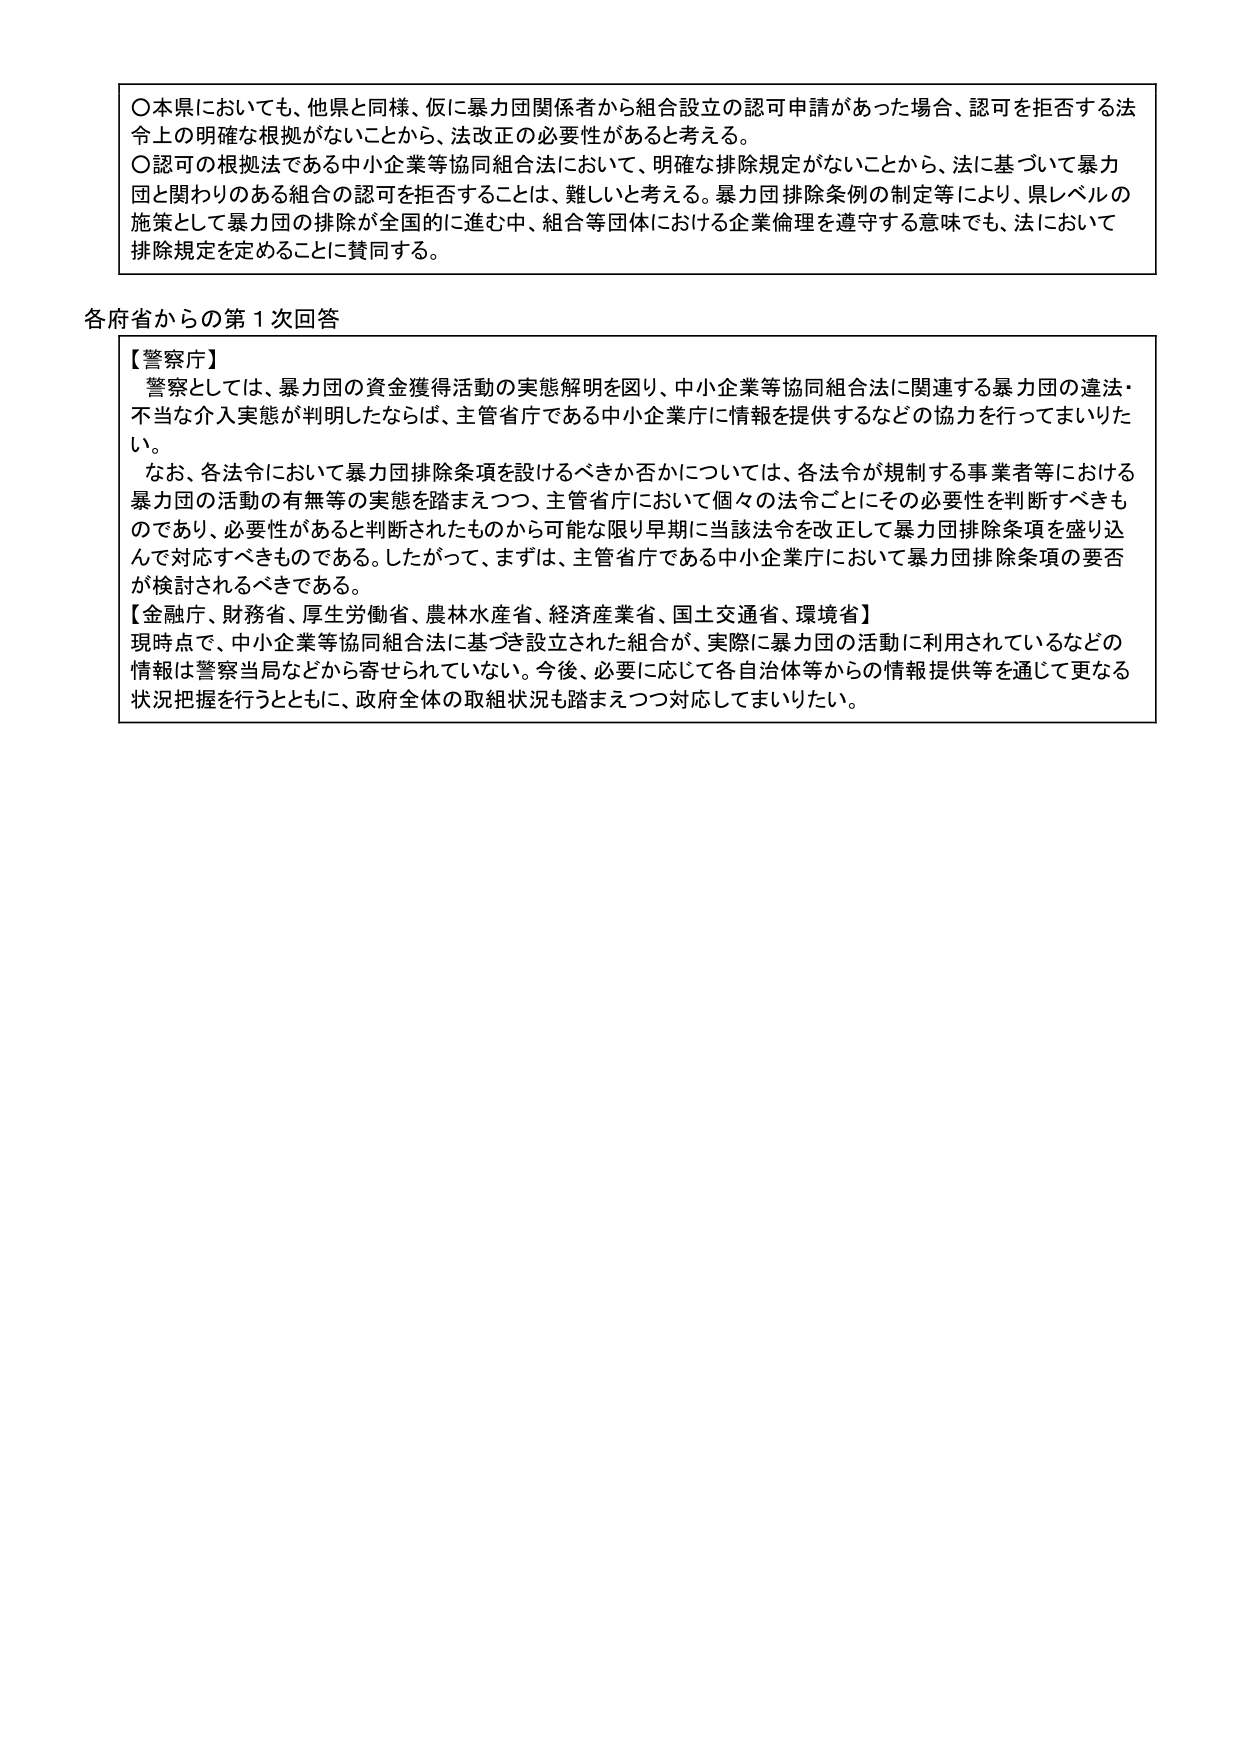
〇本県においても、他県と同様、仮に暴力団関係者から組合設立の認可申請があった場合、認可を拒否する法令上の明確な根拠がないことから、法改正の必要性があると考える。
〇認可の根拠法である中小企業等協同組合法において、明確な排除規定がないことから、法に基づいて暴力団と関わりのある組合の認可を拒否することは、難しいと考える。暴力団排除条例の制定等により、県レベルの施策として暴力団の排除が全国的に進む中、組合等団体における企業倫理を遵守する意味でも、法において排除規定を定めることに賛同する。

各府省からの第1次回答

【警察庁】
警察としては、暴力団の資金獲得活動の実態解明を図り、中小企業等協同組合法に関連する暴力団の違法・不当な介入実態が判明したならば、主管省庁である中小企業庁に情報を提供するなどの協力を行ってまいりたい。
なお、各法令において暴力団排除条項を設けるべきか否かについては、各法令が規制する事業者等における暴力団の活動の有無等の実態を踏まえつつ、主管省庁において個々の法令ごとにその必要性を判断すべきものであり、必要性があると判断されたものから可能な限り早期に当該法令を改正して暴力団排除条項を盛り込んで対応すべきものである。したがって、まずは、主管省庁である中小企業庁において暴力団排除条項の要否が検討されるべきである。

【金融庁、財務省、厚生労働省、農林水産省、経済産業省、国土交通省、環境省】
現時点で、中小企業等協同組合法に基づき設立された組合が、実際に暴力団の活動に利用されているなどの情報は警察当局などから寄せられていない。今後、必要に応じて各自治体等からの情報提供等を通じて更なる状況把握を行うとともに、政府全体の取組状況も踏まえつつ対応してまいりたい。